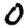
Digit: 0